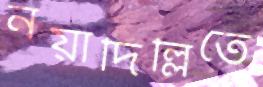
নয়াদিল্লিতে